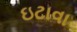
ઇટાવા